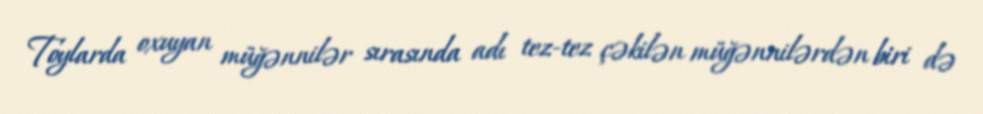
Toylarda oxuyan müğənnilər sırasında adı tez-tez çəkilən müğənnilərdən biri də